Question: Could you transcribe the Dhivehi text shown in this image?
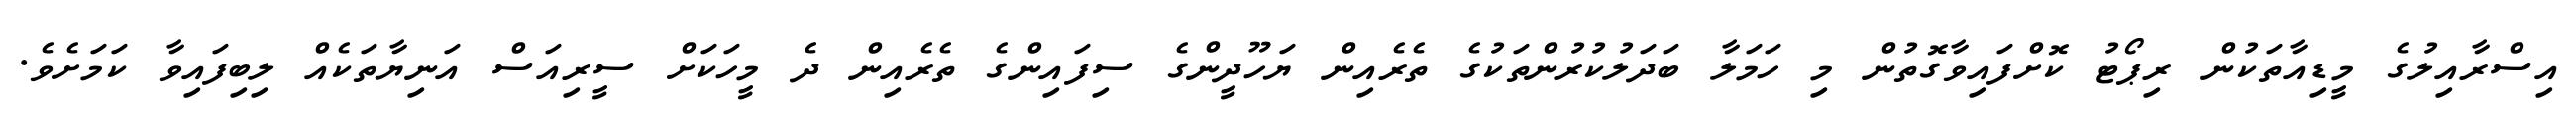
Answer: އިސްރާއިލުގެ މީޑިއާތަކުން ރިޕޯޓު ކޮށްފައިވާގޮތުން މި ހަމަލާ ބަދަލުކުރުންތަކުގެ ތެރެއިން ޔަހޫދީންގެ ސިފައިންގެ ތެރެއިން ދެ މީހަކަށް ސީރިއަސް އަނިޔާތަކެއް ލިބިފައިވާ ކަމަށެވެ.